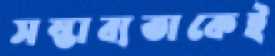
সম্ভাব্যতাকেই